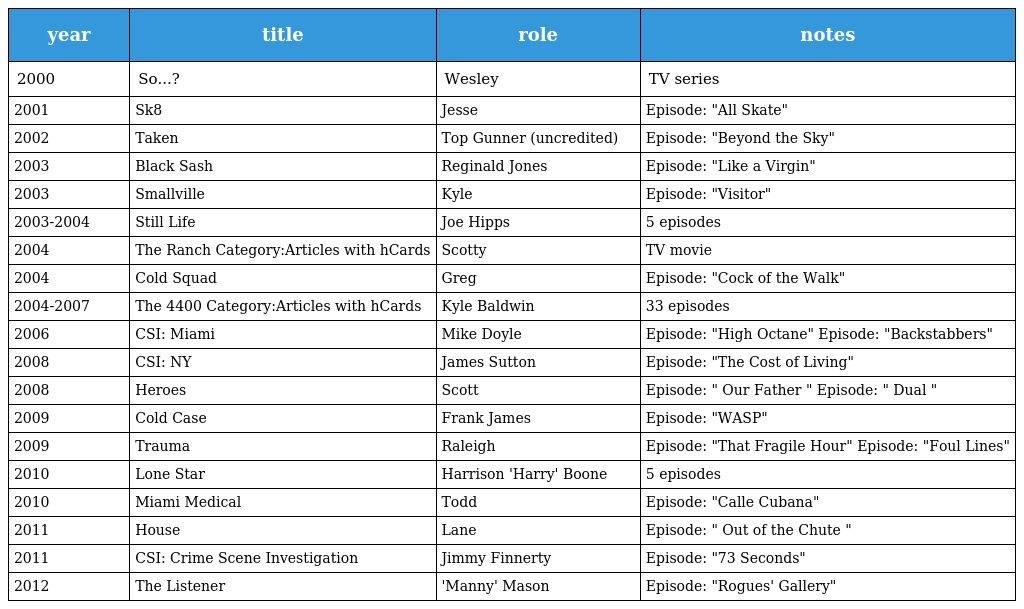
| year | title | role | notes |
 | --- | --- | --- | --- |
 | 2000 | So...? | Wesley | TV series |
 | 2001 | Sk8 | Jesse | Episode: "All Skate" |
 | 2002 | Taken | Top Gunner (uncredited) | Episode: "Beyond the Sky" |
 | 2003 | Black Sash | Reginald Jones | Episode: "Like a Virgin" |
 | 2003 | Smallville | Kyle | Episode: "Visitor" |
 | 2003-2004 | Still Life | Joe Hipps | 5 episodes |
 | 2004 | The Ranch Category:Articles with hCards | Scotty | TV movie |
 | 2004 | Cold Squad | Greg | Episode: "Cock of the Walk" |
 | 2004-2007 | The 4400 Category:Articles with hCards | Kyle Baldwin | 33 episodes |
 | 2006 | CSI: Miami | Mike Doyle | Episode: "High Octane" Episode: "Backstabbers" |
 | 2008 | CSI: NY | James Sutton | Episode: "The Cost of Living" |
 | 2008 | Heroes | Scott | Episode: " Our Father " Episode: " Dual " |
 | 2009 | Cold Case | Frank James | Episode: "WASP" |
 | 2009 | Trauma | Raleigh | Episode: "That Fragile Hour" Episode: "Foul Lines" |
 | 2010 | Lone Star | Harrison 'Harry' Boone | 5 episodes |
 | 2010 | Miami Medical | Todd | Episode: "Calle Cubana" |
 | 2011 | House | Lane | Episode: " Out of the Chute " |
 | 2011 | CSI: Crime Scene Investigation | Jimmy Finnerty | Episode: "73 Seconds" |
 | 2012 | The Listener | 'Manny' Mason | Episode: "Rogues' Gallery" |